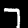
Digit: 7